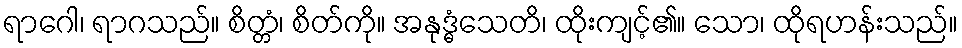
ရာဂေါ၊ ရာဂသည်။ စိတ္တံ၊ စိတ်ကို။ အနုဒ္ဓံသေတိ၊ ထိုးကျင့်၏။ သော၊ ထိုရဟန်းသည်။